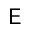
\mathsf E